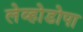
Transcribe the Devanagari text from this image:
लेव्होडोपा